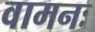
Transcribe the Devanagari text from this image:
वामनः